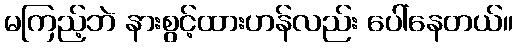
မကြည့်ဘဲ နားစွင့်ထားဟန်လည်း ပေါ်နေတယ်။